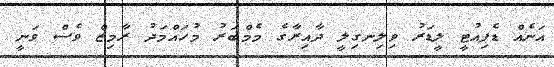
އަނެއް ޑެޕިއުޓީ ލީޑަރު ވިލިނގިލީ ދާއިރާގެ މެމްބަރު މުހައްމަދު ރާމިޒް ވެސް ވަނީ